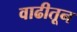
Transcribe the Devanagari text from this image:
वाढीतून